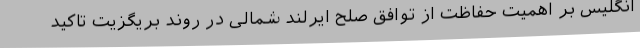
انگلیس بر اهمیت حفاظت از توافق صلح ایرلند شمالی در روند بریگزیت تاکید